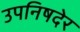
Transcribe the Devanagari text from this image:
उपनिषदेर